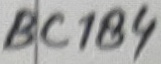
Text: BC184